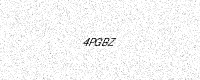
Text: 4PGBZ